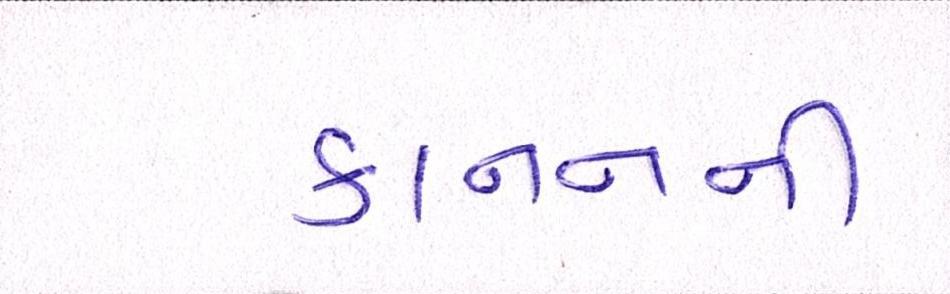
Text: કાનનની